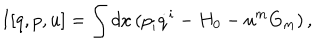
LaTeX: I [ q , p , u ] = \int d x \, ( p _ { i } \dot { q } ^ { i } - H _ { 0 } - u ^ { m } G _ { m } ) \, ,